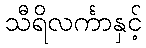
သီရိလင်္ကာနှင့်